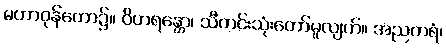
မဟာဝုန်တော၌။ ဝိဟရန္တော၊ သီတင်းသုံးတော်မူလျက်။ အညတရံ၊